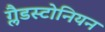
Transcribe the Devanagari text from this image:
ग्लैडस्टोनियन